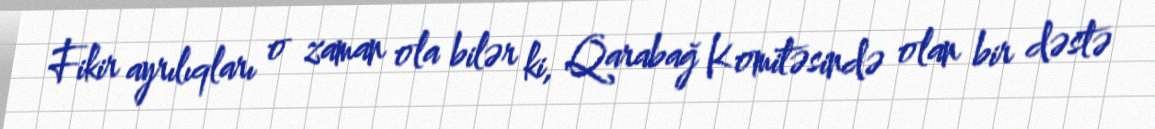
Fikir ayrılıqları o zaman ola bilər ki, Qarabağ Komitəsində olan bir dəstə